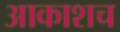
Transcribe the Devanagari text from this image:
आकाशच